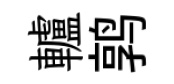
轤鹑